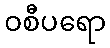
ဝစီပရော